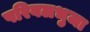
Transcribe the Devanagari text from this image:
परिबलभुजा